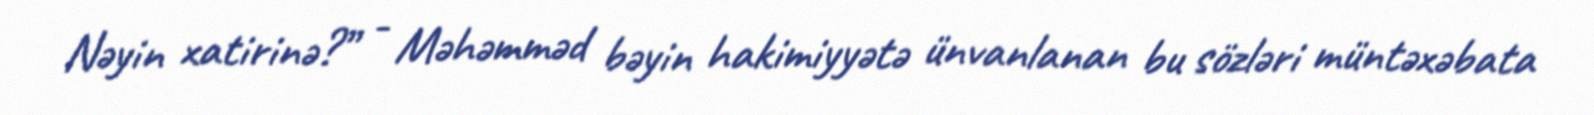
Nəyin xatirinə?” - Məhəmməd bəyin hakimiyyətə ünvanlanan bu sözləri müntəxəbata